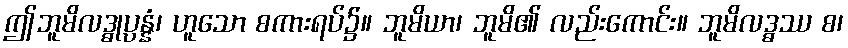
ဤဘူမိလဒ္ဓုပ္ပန္နံ၊ ဟူသော စကားရပ်၌။ ဘူမိယာ၊ ဘူမိ၏ လည်းကောင်း။ ဘူမိလဒ္ဓဿ စ၊